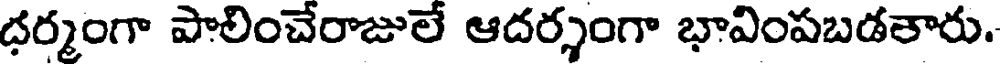
ధర్మంగా పాలించేరాజులే ఆదర్శంగా భావింపబడతారు.